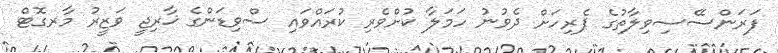
ފަރަންސޭސިވިލާތުގެ ޕެރިހަށް ދެވުނު ހަމަލާ ކުށްވެރި ކުރައްވައި ސްވިޑަންގެ ޚާރިޖީ ވަޒީރު މާރގޮޓް